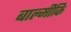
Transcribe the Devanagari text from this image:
बाल्‍मीकि